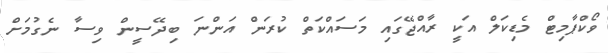
ވޯކްޕާމިޓް މެޑިކަލް އަކީ ރާއްޖޭގައި މަސައްކަތް ކުރަން އަންނަ ބިދޭސީން ވިސާ ނެގުމަށް